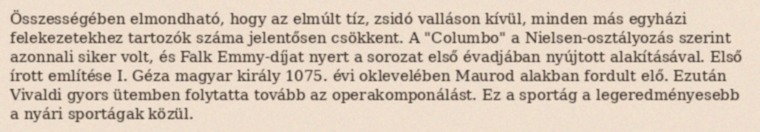
Összességében elmondható, hogy az elmúlt tíz, zsidó valláson kívül, minden más egyházi felekezetekhez tartozók száma jelentősen csökkent. A "Columbo" a Nielsen-osztályozás szerint azonnali siker volt, és Falk Emmy-díjat nyert a sorozat első évadjában nyújtott alakításával. Első írott említése I. Géza magyar király 1075. évi oklevelében Maurod alakban fordult elő. Ezután Vivaldi gyors ütemben folytatta tovább az operakomponálást. Ez a sportág a legeredményesebb a nyári sportágak közül.